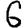
Digit: 6